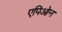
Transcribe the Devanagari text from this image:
एपिओन